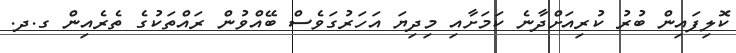
ކޮލިފައިން ބުރު ކުރިއަށްދާނެ ކަމަށާއި މިދިޔަ އަހަރުގަވެސް ބޭއްވުން ރައްތަކުގެ ތެރެއިން ގ.ދ.